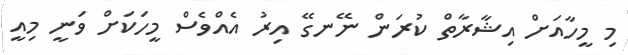
މި މީހާއަށް އިޝާރާތް ކުރަން ނޭނގޭ އިރު އެއްވެސް މީހަކަށް ވަނީ މިއީ